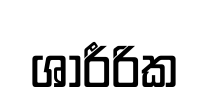
ශාරීරික